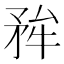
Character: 𭿺